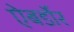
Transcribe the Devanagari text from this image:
ऐबर्डोर